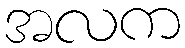
အလက